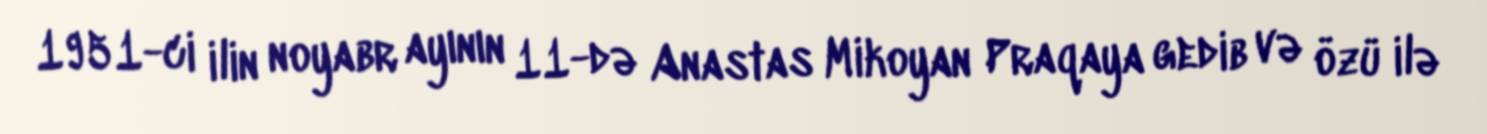
1951-ci ilin noyabr ayının 11-də Anastas Mikoyan Praqaya gedib və özü ilə